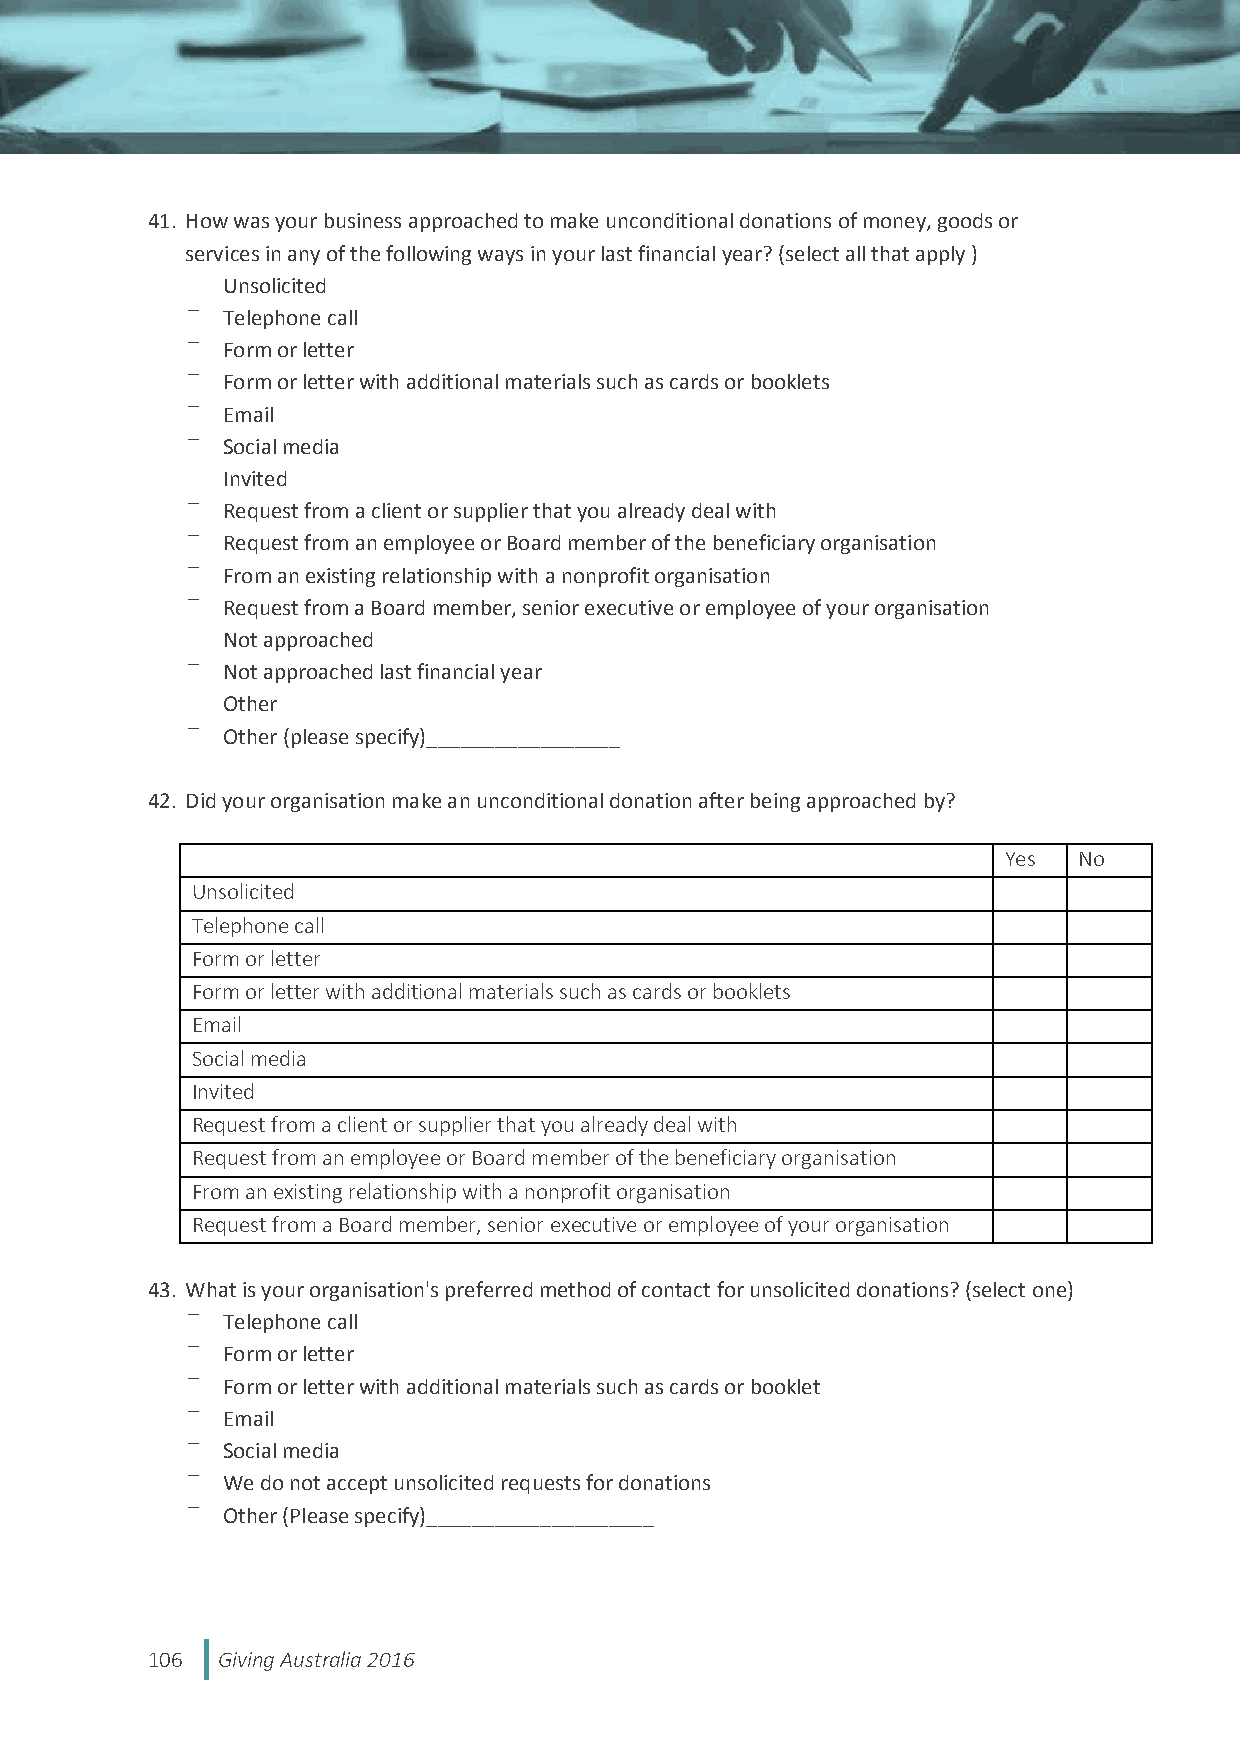
41. How was your business approached to make unconditional donations of money, goods or
 services in any of the following ways in your last financial year? (select all that apply )
 Unsolicited
 Telephone call
 Form or letter
 Form or letter with additional materials such as cards or booklets
 Email
 Social media
 Invited
 Request from a client or supplier that you already deal with
 Request from an employee or Board member of the beneficiary organisation
 From an existing relationship with a nonprofit organisation
 Request from a Board member, senior executive or employee of your organisation
 Not approached
 Not approached last financial year
 Other
 Other (please specify)_________________
 42. Did your organisation make an unconditional donation after being approached by?
 Yes  No
 Unsolicited
 Telephone call
 Form or letter
 Form or letter with additional materials such as cards or booklets
 Email
 Social media
 Invited
 Request from a client or supplier that you already deal with
 Request from an employee or Board member of the beneficiary organisation
 From an existing relationship with a nonprofit organisation
 Request from a Board member, senior executive or employee of your organisation
 43. What is your organisation's preferred method of contact for unsolicited donations? (select one)
 Telephone call
 Form or letter
 Form or letter with additional materials such as cards or booklet
 Email
 Social media
 We do not accept unsolicited requests for donations
 Other (Please specify)____________________
 106 Giving Australia 2016